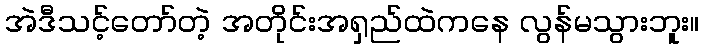
အဲဒီသင့်တော်တဲ့ အတိုင်းအရှည်ထဲကနေ လွန်မသွားဘူး။